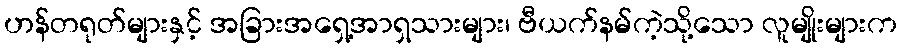
ဟန်တရုတ်များနှင့် အခြားအရှေ့အာရှသားများ၊ ဗီယက်နမ်ကဲ့သို့သော လူမျိုးများက